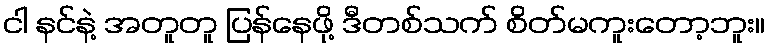
ငါ နင်နဲ့ အတူတူ ပြန်နေဖို့ ဒီတစ်သက် စိတ်မကူးတော့ဘူး။